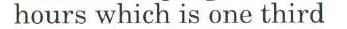
hours which is one third